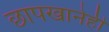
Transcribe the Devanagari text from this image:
छापखानेही